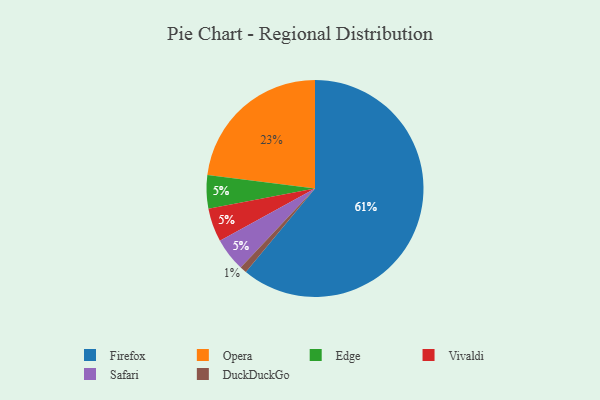
{"axis": {"x": "Category", "y": "Percentage"}, "legend": ["DuckDuckGo", "Edge", "Firefox", "Opera", "Safari", "Vivaldi"], "data": [{"x": "Edge", "y": 5, "type": "Edge"}, {"x": "Vivaldi", "y": 5, "type": "Vivaldi"}, {"x": "Safari", "y": 5, "type": "Safari"}, {"x": "Opera", "y": 23, "type": "Opera"}, {"x": "Firefox", "y": 61, "type": "Firefox"}, {"x": "DuckDuckGo", "y": 1, "type": "DuckDuckGo"}]}